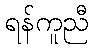
ရန်ကူညီ